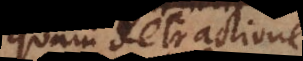
quam detractione